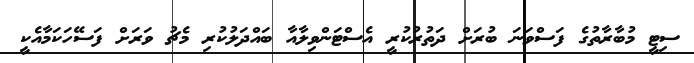
ސިޓީ މުބާރާތުގެ ފަސްވަނަ ބުރަށް ދަތުރުކުރީ އެސްޓަންވިލާއާ ބައްދަލުކުރި މެޗު ވަރަށް ފަސޭހަކަމާއެކީ